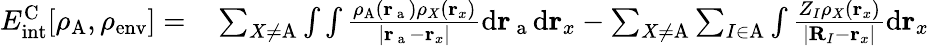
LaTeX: \begin{array}{rl}{E_{\mathrm{int}}^{\mathrm{C}}[\rho_{\mathrm{A}},\rho_{\mathrm{env}}]=}&{{}\sum_{X\neq\mathrm{A}}\int\int\frac{\rho_{\mathrm{A}}(\mathbf{r}_{\mathrm{~a~}})\rho_{X}(\mathbf{r}_{x})}{|\mathbf{r}_{\mathrm{~a~}}-\mathbf{r}_{x}|}{\mathrm{d}}\mathbf{r}_{\mathrm{~a~}}{\mathrm{d}}\mathbf{r}_{x}-\sum_{X\neq\mathrm{A}}\sum_{I\in\mathrm{A}}\int\frac{Z_{I}\rho_{X}(\mathbf{r}_{x})}{|\mathbf{R}_{I}-\mathbf{r}_{x}|}{\mathrm{d}}\mathbf{r}_{x}}\end{array}